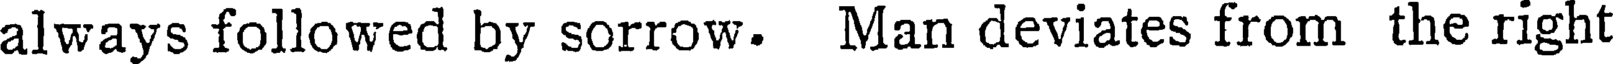
always followed by sorrow. Man deviates from the right